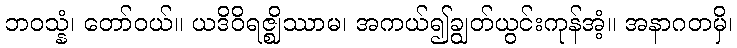
ဘဝသ္နံ၊ တော်ဝယ်။ ယဒိဝိရဇ္ဈိဿာမ၊ အကယ်၍ချွတ်ယွင်းကုန်အံ့။ အနာဂတမှိ၊